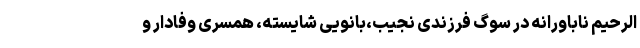
الرحیم ناباورانه در سوگ فرزندی نجیب،بانویی شايسته، همسری وفادار و